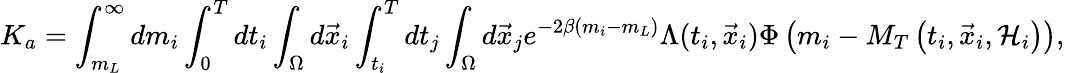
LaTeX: K_{a}=\int_{m_{L}}^{\infty}dm_{i}\int_{0}^{T}dt_{i}\int_{\Omega}d\vec{x}_{i}\int_{t_{i}}^{T}dt_{j}\int_{\Omega}d\vec{x}_{j}e^{-2\beta(m_{i}-m_{L})}\Lambda(t_{i},\vec{x}_{i})\Phi\left(m_{i}-M_{T}\left(t_{i},\vec{x}_{i},{\cal H}_{i}\right)\right),